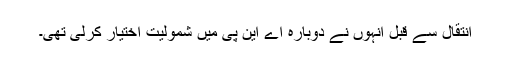
انتقال سے قبل انہوں نے دوبارہ اے این پی میں شمولیت اختیار کرلی تھی۔